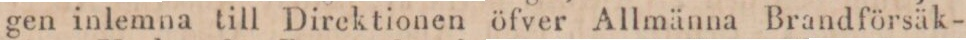
gen inlemna till Direktionen öfver Allmänna Brandförsäk-